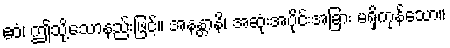
ဧဝံ၊ ဤသို့သောနည်းဖြင့်။ အနန္တာနိ၊ အဆုံးအပိုင်းအခြား မရှိကုန်သော။